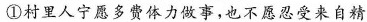
①村里人宁愿多费体力做事，也不愿忍受来自精